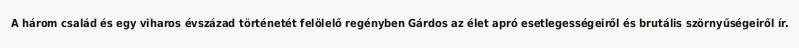
A három család és egy viharos évszázad történetét felölelő regényben Gárdos az élet apró esetlegességeiről és brutális szörnyűségeiről ír.